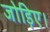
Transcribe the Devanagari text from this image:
जोड़िए।